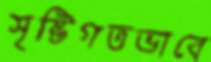
সৃষ্টিগতভাবে